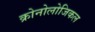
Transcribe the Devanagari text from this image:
क्रोनोलोजिकल